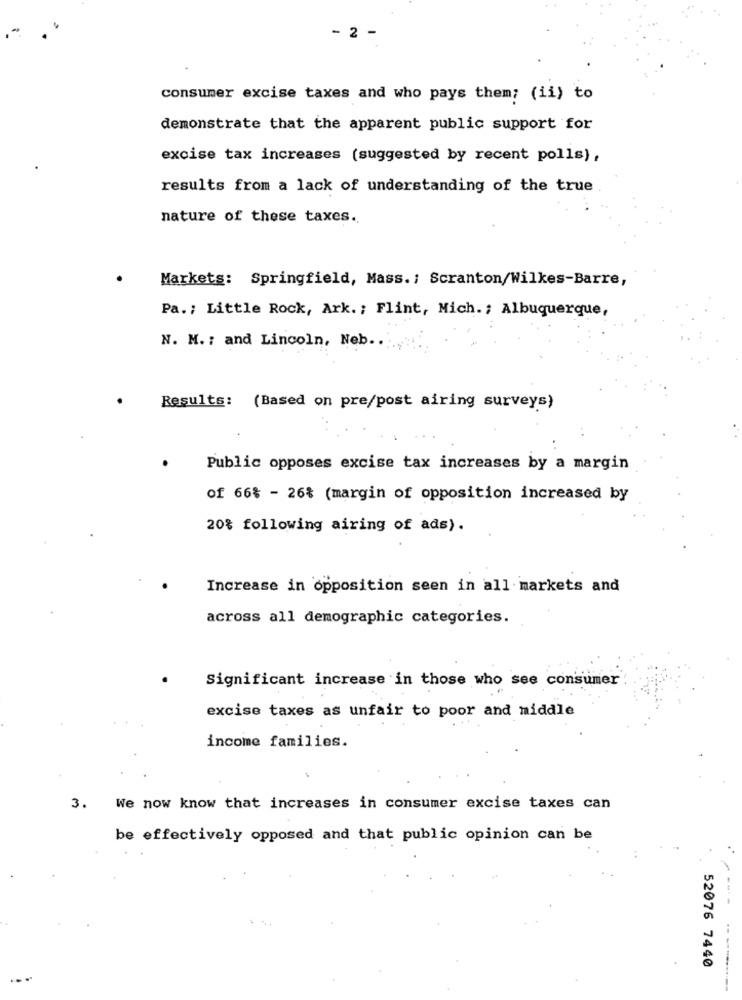
- 2 -
consumer excise taxes and who pays them; (ii) to
demonstrate that the apparent public support for
excise tax increases (suggested by recent polls),
results from a lack of understanding of the true
nature of these taxes.
Markets: Springfield, Mass .: Scranton/Wilkes-Barre,
Pa .; Little Rock, Ark. ; Flint, Mich .; Albuquerque,
N. M. ; and Lincoln, Neb ..
Results: (Based on pre/post airing surveys)
Public opposes excise tax increases by a margin
of 66% - 26% (margin of opposition increased by
20% following airing of ads).
Increase in opposition seen in all markets and
across all demographic categories.
Significant increase in those who see consumer
excise taxes as unfair to poor and middle
income families.
3. We now know that increases in consumer excise taxes can
be effectively opposed and that public opinion can be
52076 7440